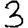
Digit: 3